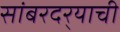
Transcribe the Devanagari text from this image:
सांबरदर्‍याची